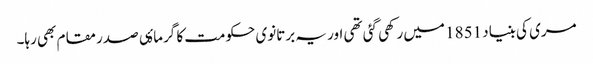
مری کی بنیاد 1851 میں رکھی گئی تھی اور یہ برتانوی حکومت کا گرماۂی صدر مقام بھی رہا۔